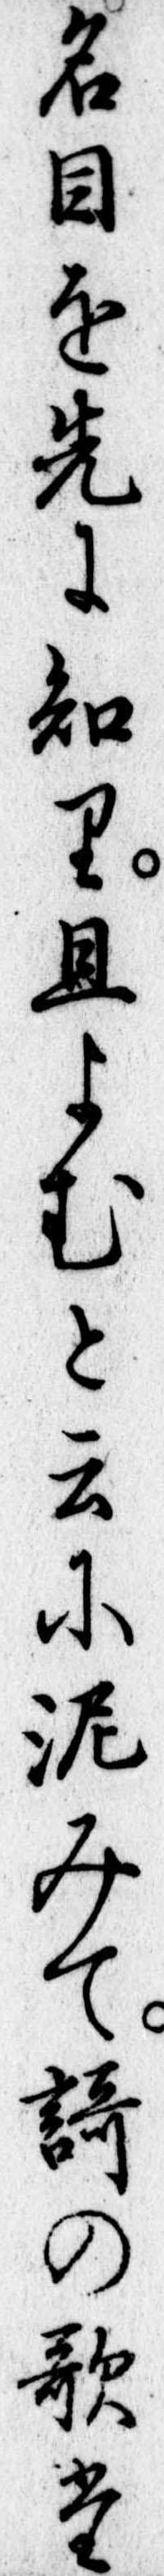
名目を先に知り且よむと云に泥みて歌の歌た